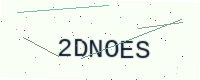
Text: 2DNOES